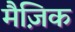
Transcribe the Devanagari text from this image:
मैज़िक